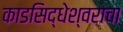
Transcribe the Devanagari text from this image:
काडसिद्धेश्वराचा